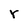
Character: r